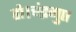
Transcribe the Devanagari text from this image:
हो।चंद्रगुप्त